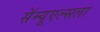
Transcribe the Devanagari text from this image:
सॅम्यूएल्सला